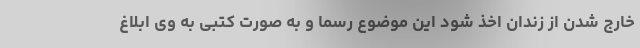
خارج شدن از زندان اخذ شود این موضوع رسما و به صورت کتبی به وی ابلاغ